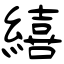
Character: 繥